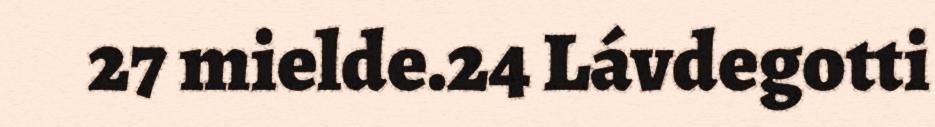
27 mielde.24 Lávdegotti